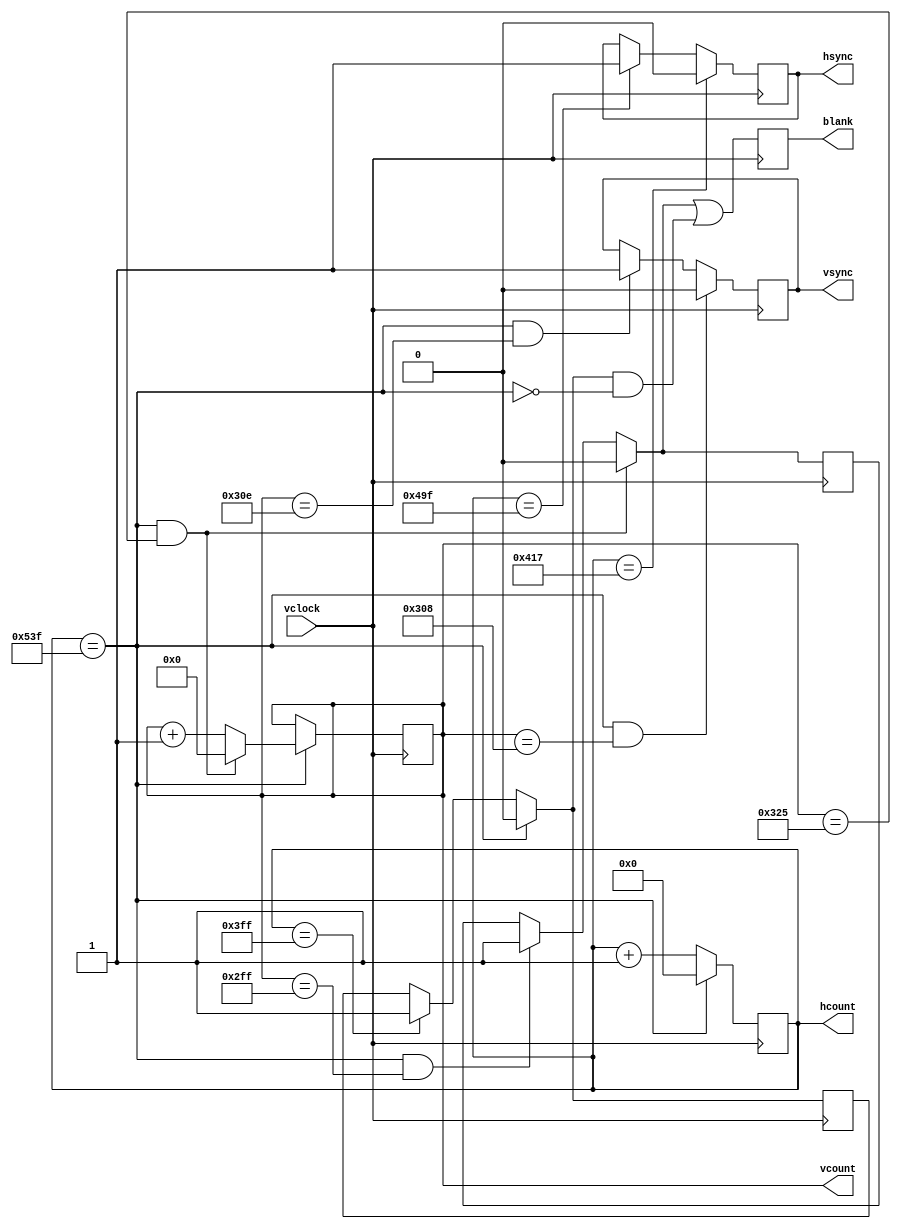
`timescale 1ns / 1ps
//////////////////////////////////////////////////////////////////////////////////
// Company: 
// Engineer: 
// 
// Design Name: 
// Module Name:    xvga 
// Project Name: 
// Target Devices: 
// Tool versions: 
// Description: 
//
// Dependencies: 
//
// Revision: 
// Revision 0.01 - File Created
// Additional Comments: 
//
//////////////////////////////////////////////////////////////////////////////////
////////////////////////////////////////////////////////////////////////////////
//
// xvga: Generate XVGA display signals (1024 x 768 @ 60Hz)
//
////////////////////////////////////////////////////////////////////////////////

module xvga(input vclock,
            output reg [10:0] hcount,    // pixel number on current line
            output reg [9:0] vcount,	 // line number
            output reg vsync,hsync,blank);

   // horizontal: 1344 pixels total
   // display 1024 pixels per line
   reg hblank,vblank;
   wire hsyncon,hsyncoff,hreset,hblankon;
   assign hblankon = (hcount == 1023);    
   assign hsyncon = (hcount == 1047);
   assign hsyncoff = (hcount == 1183);
   assign hreset = (hcount == 1343);

   // vertical: 806 lines total
   // display 768 lines
   wire vsyncon,vsyncoff,vreset,vblankon;
   assign vblankon = hreset & (vcount == 767);    
   assign vsyncon = hreset & (vcount == 776);
   assign vsyncoff = hreset & (vcount == 782);
   assign vreset = hreset & (vcount == 805);

   // sync and blanking
   wire next_hblank,next_vblank;
   assign next_hblank = hreset ? 0 : hblankon ? 1 : hblank;
   assign next_vblank = vreset ? 0 : vblankon ? 1 : vblank;
   always @(posedge vclock) begin
      hcount <= hreset ? 0 : hcount + 1;
      hblank <= next_hblank;
      hsync <= hsyncon ? 0 : hsyncoff ? 1 : hsync;  // active low

      vcount <= hreset ? (vreset ? 0 : vcount + 1) : vcount;
      vblank <= next_vblank;
      vsync <= vsyncon ? 0 : vsyncoff ? 1 : vsync;  // active low

      blank <= next_vblank | (next_hblank & ~hreset);
   end
endmodule